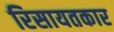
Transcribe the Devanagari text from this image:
रिसायतकार